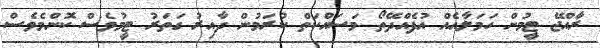
ރާއްޖޭ ޓީމުން ހަމަލާއެއް އުފެއްދޭތޯ މަސައްކަތް ކުރަމުން ދާއިރު ގަތަރު ޓީމުވެސް ކޮންމެވެސް